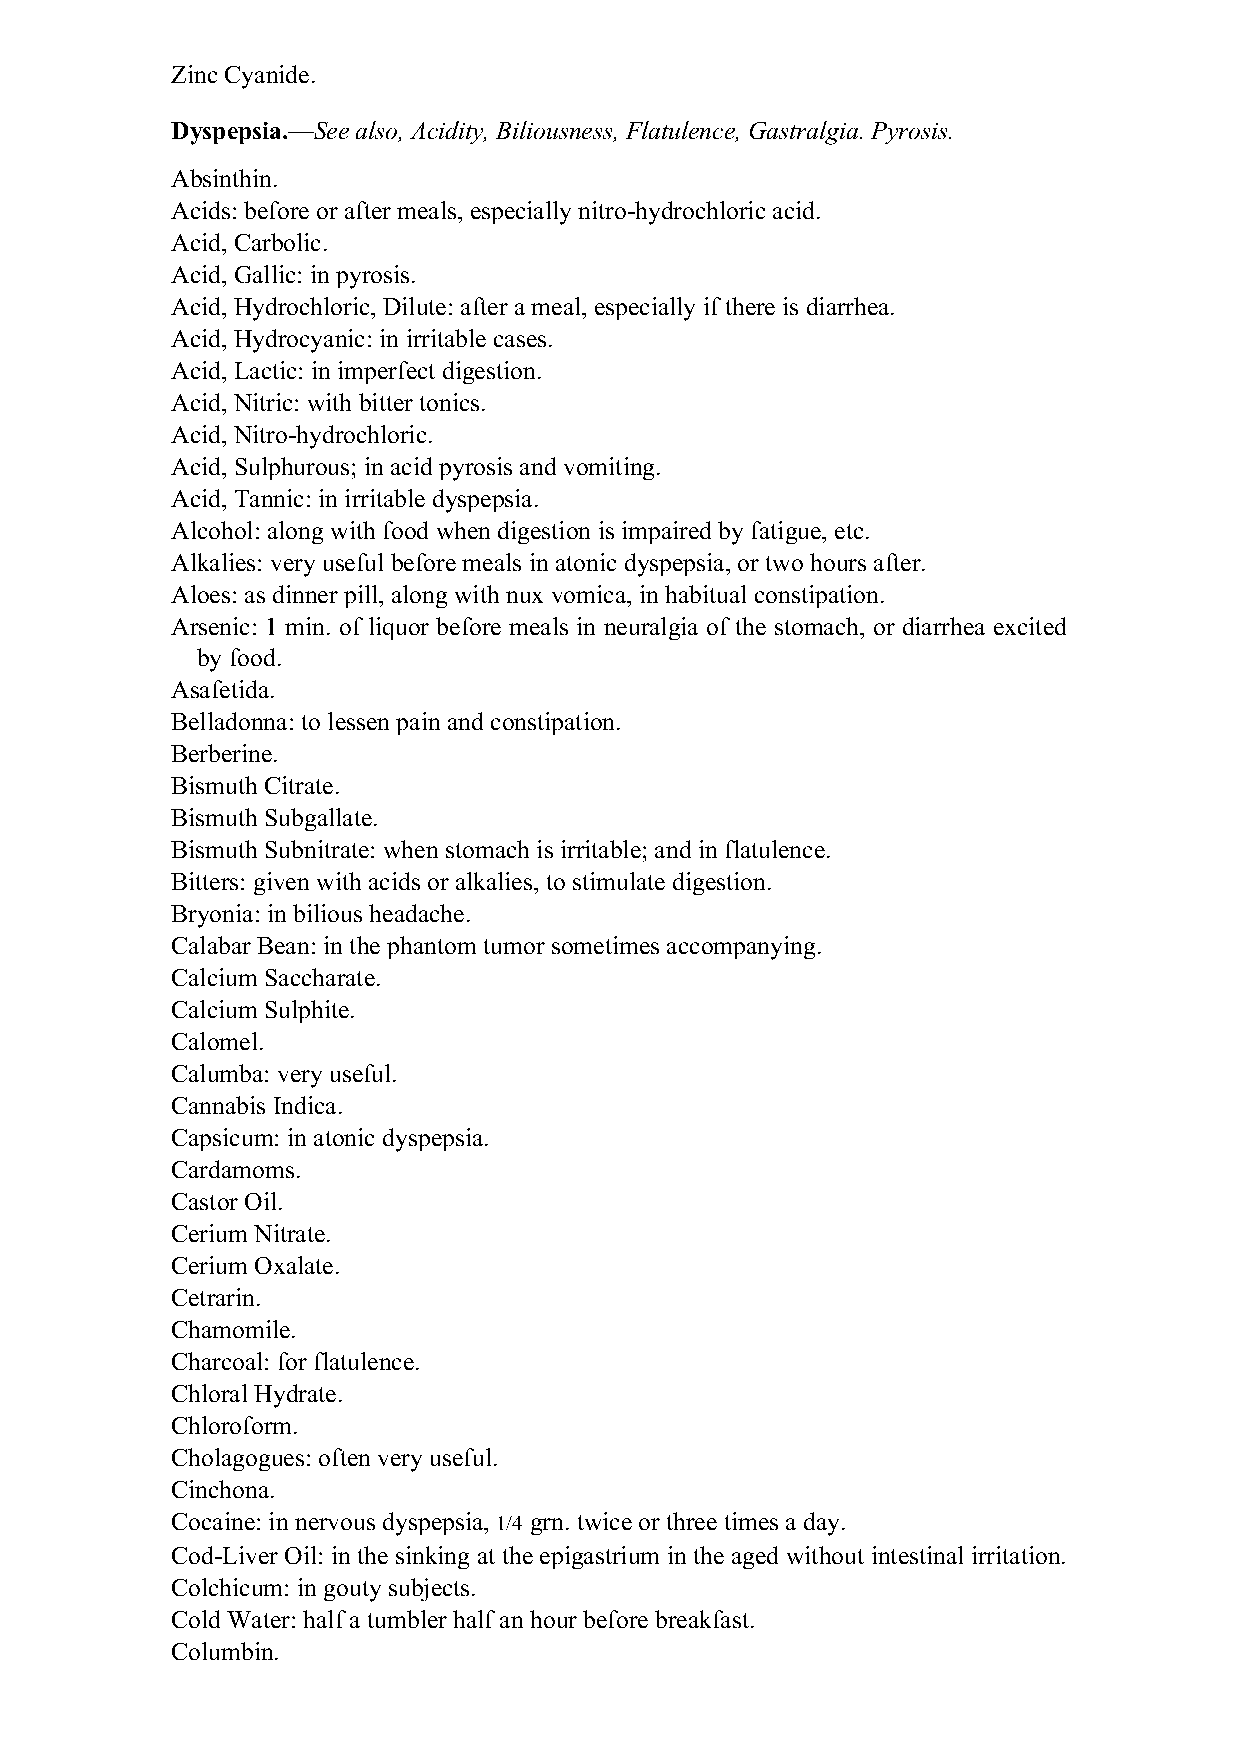
Zinc Cyanide.
 Dyspepsia.—See also, Acidity, Biliousness, Flatulence, Gastralgia. Pyrosis.
 Absinthin.
 Acids: before or after meals, especially nitro-hydrochloric acid.
 Acid, Carbolic.
 Acid, Gallic: in pyrosis.
 Acid, Hydrochloric, Dilute: after a meal, especially if there is diarrhea.
 Acid, Hydrocyanic: in irritable cases.
 Acid, Lactic: in imperfect digestion.
 Acid, Nitric: with bitter tonics.
 Acid, Nitro-hydrochloric.
 Acid, Sulphurous; in acid pyrosis and vomiting.
 Acid, Tannic: in irritable dyspepsia.
 Alcohol: along with food when digestion is impaired by fatigue, etc.
 Alkalies: very useful before meals in atonic dyspepsia, or two hours after.
 Aloes: as dinner pill, along with nux vomica, in habitual constipation.
 Arsenic: 1 min. of liquor before meals in neuralgia of the stomach, or diarrhea excited
 by food.
 Asafetida.
 Belladonna: to lessen pain and constipation.
 Berberine.
 Bismuth Citrate.
 Bismuth Subgallate.
 Bismuth Subnitrate: when stomach is irritable; and in flatulence.
 Bitters: given with acids or alkalies, to stimulate digestion.
 Bryonia: in bilious headache.
 Calabar Bean: in the phantom tumor sometimes accompanying.
 Calcium Saccharate.
 Calcium Sulphite.
 Calomel.
 Calumba: very useful.
 Cannabis Indica.
 Capsicum: in atonic dyspepsia.
 Cardamoms.
 Castor Oil.
 Cerium Nitrate.
 Cerium Oxalate.
 Cetrarin.
 Chamomile.
 Charcoal: for flatulence.
 Chloral Hydrate.
 Chloroform.
 Cholagogues: often very useful.
 Cinchona.
 Cocaine: in nervous dyspepsia, 1/4 grn. twice or three times a day.
 Cod-Liver Oil: in the sinking at the epigastrium in the aged without intestinal irritation.
 Colchicum: in gouty subjects.
 Cold Water: half a tumbler half an hour before breakfast.
 Columbin.